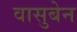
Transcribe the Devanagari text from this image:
वासुबेन